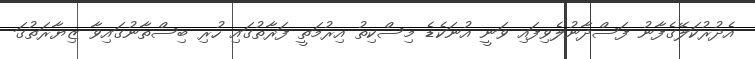
އެދުރުކަލޭގެފާނު ފަސްދާނުލެވިފައި ވަނީ އުނަކެޑެ މިސްކިތު އިރުމަތީ ފަރާތުގައި ހުރި ބިސްތާނުގައިވާ ޒިޔާރަތުގަ